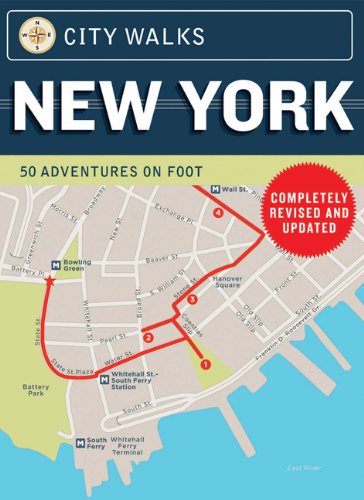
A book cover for City Walks: New York: 50 Adventures on Foot; Christina Henry de Tessan; Travel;